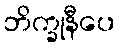
ဘိက္ခုနီပေ